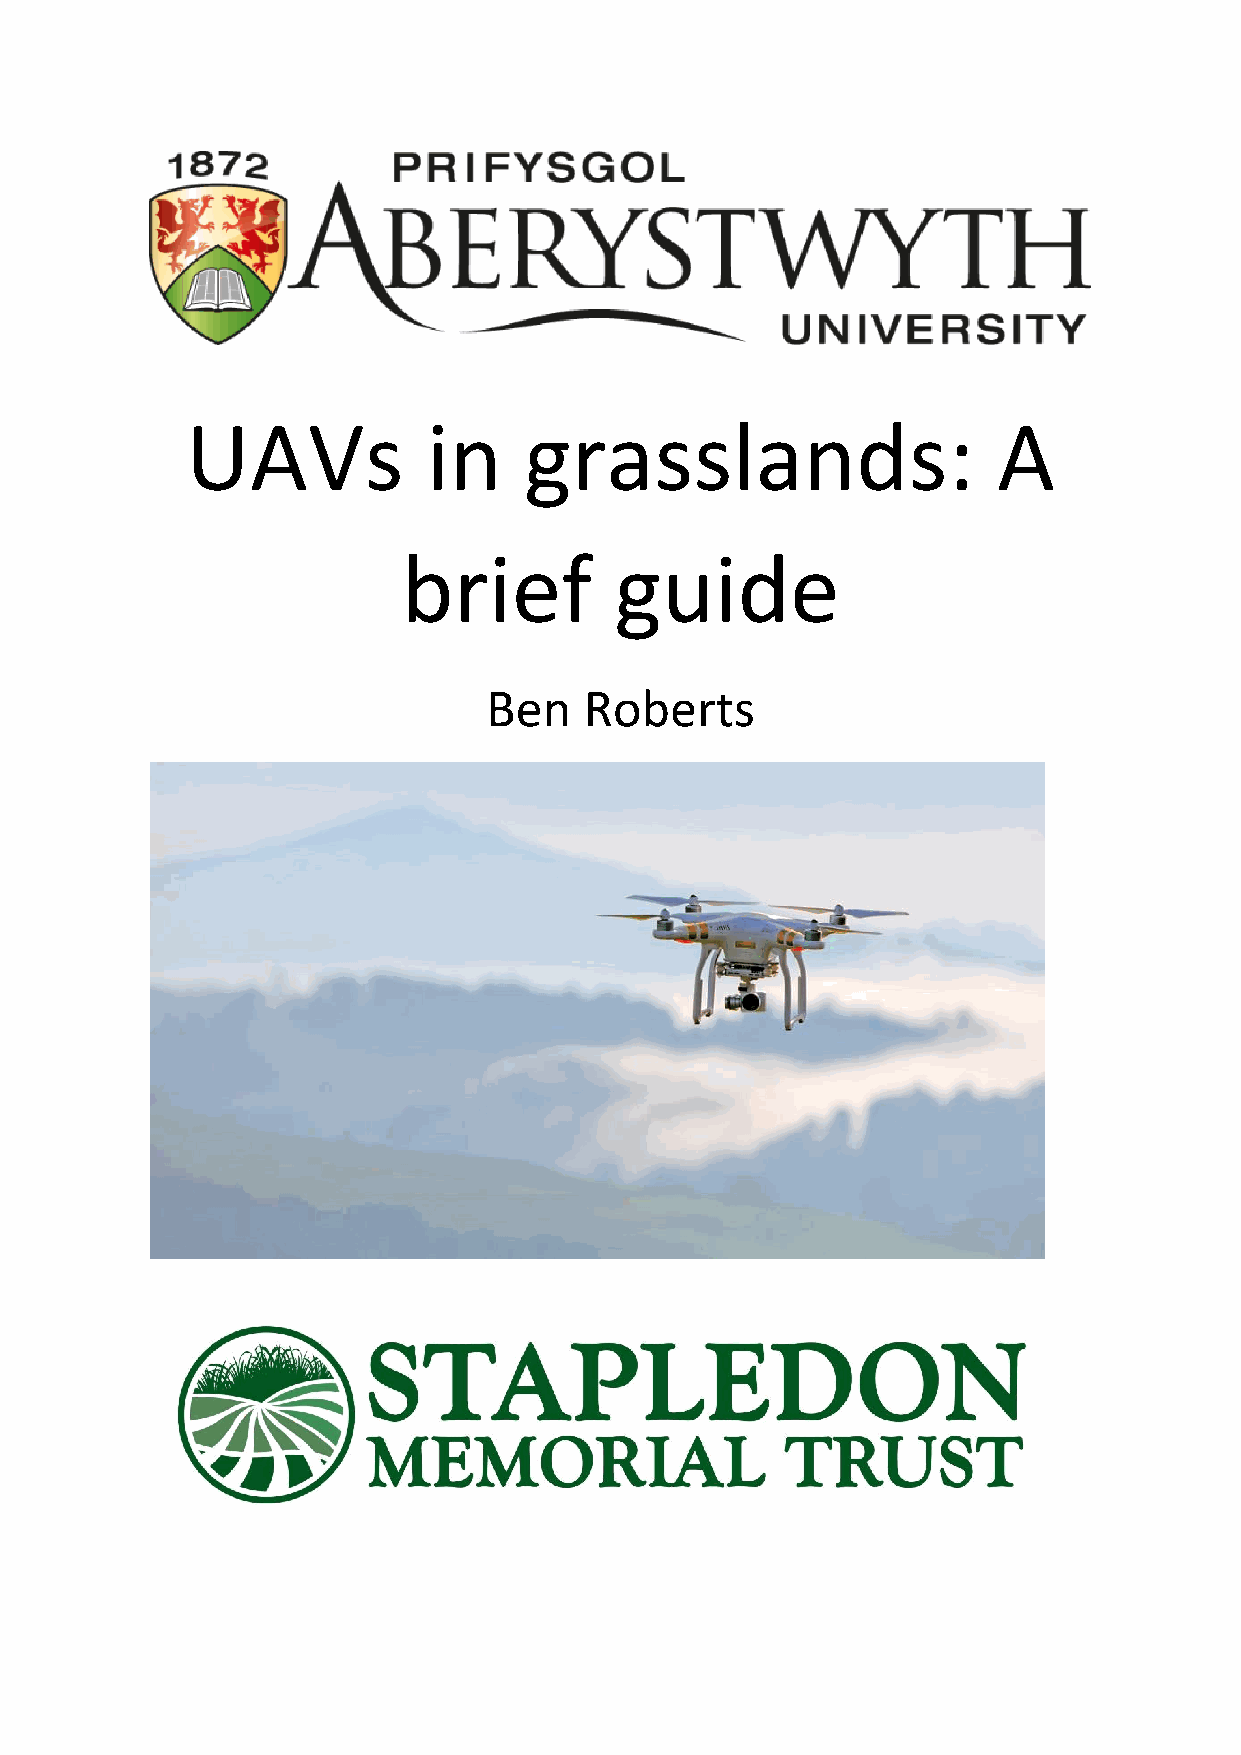
UAVs            in     grasslands:                    A
 brief         guide
 Ben    Roberts